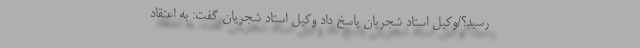
رسید؟/وکیل استاد شجریان پاسخ داد وکیل استاد شجریان گفت: به اعتقاد